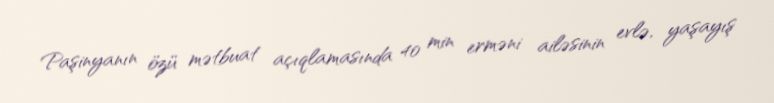
Paşinyanın özü mətbuat açıqlamasında 40 min erməni ailəsinin evlə, yaşayış